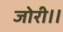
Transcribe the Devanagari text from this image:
जोरी।।